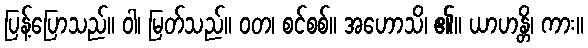
ပြန့်ပြောသည်။ ဝါ၊ မြတ်သည်။ ဝတ၊ စင်စစ်။ အဟောသိ၊ ၏။ ယာဟန္တိ၊ ကား။